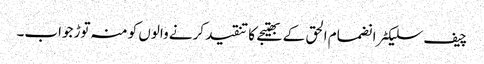
چیف سلیکٹر انضمام الحق کے بھتیجے کا تنقید کرنے والوں کو منہ توڑ جواب۔